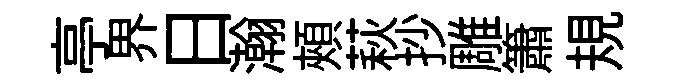
亭界日瀚頰萩抄雕簫規